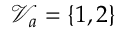
\mathcal { V } _ { a } = \{ 1 , 2 \}